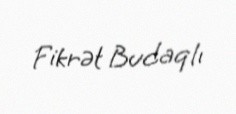
Fikrət Budaqlı